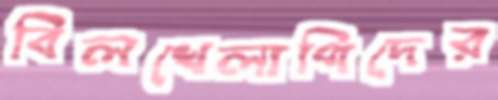
বিলখেলাপিদের